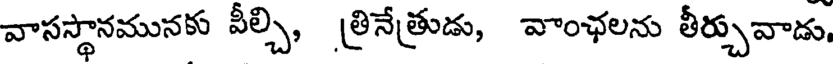
వాసస్థానమునకు వీల్చి, త్రినేత్రుడు, వాంఛలను తీర్చువాడు,